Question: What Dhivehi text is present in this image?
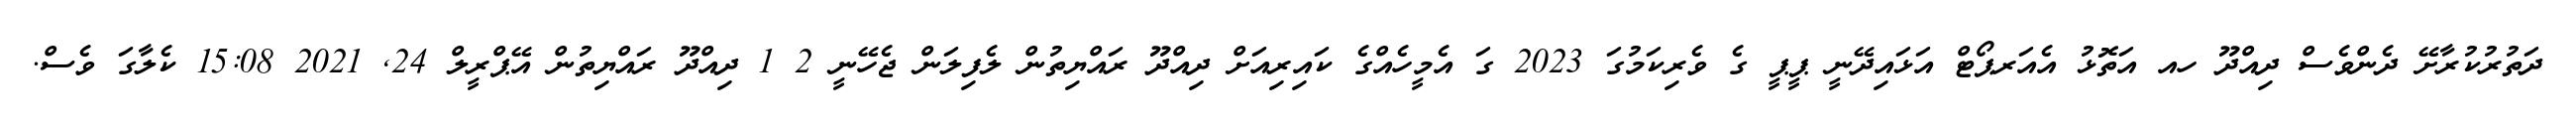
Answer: ދަތުރުކުރާށޭ ދެންވެސް ދިއްދޫ ހއ އަތޮޅު އެއަރޕޯޓް އަޅައިދޭނީ ޕީޕީ ގެ ވެރިކަމުގަ 2023 ގަ އެމީހެއްގެ ކައިރިއަށް ދިއްދޫ ރައްޔިތުން ލެފިލަން ޖެހޭނީ 2 1 ދިއްދޫ ރައްޔިތުން އޭޕްރީލް 24, 2021 15:08 ކެލާގަ ވެސް.